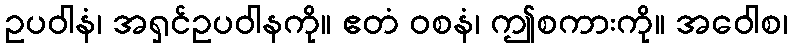
ဥပဝါနံ၊ အရှင်ဥပဝါနကို။ ဧတံ ဝစနံ၊ ဤစကားကို။ အဝေါစ၊